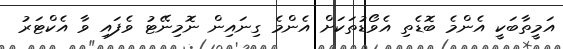
އަމީތާބަކީ އެންމެ ބޮޑެތި އެވޯޑުތަކަށް އެންމެ ގިނައިން ނޮމިނޭޓު ވެފައި ވާ އެކްޓަރު